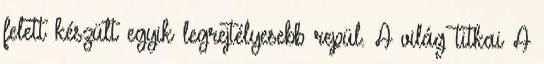
felett készült egyik legrejtélyesebb repül. A világ titkai A